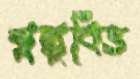
স্বল্পবিত্ত